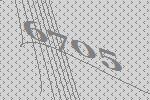
6705